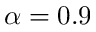
\alpha = 0 . 9